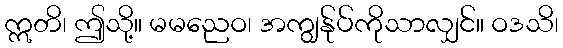
ဣတိ၊ ဤသို့။ မမညေဝ၊ အကျွန်ုပ်ကိုသာလျှင်။ ဝဒသိ၊